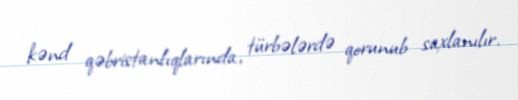
kənd qəbristanlıqlarında, türbələrdə qorunub saxlanılır.